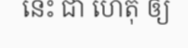
នេះ ជា ហេតុ ឲ្យ